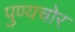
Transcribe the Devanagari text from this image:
पुण्यचोर